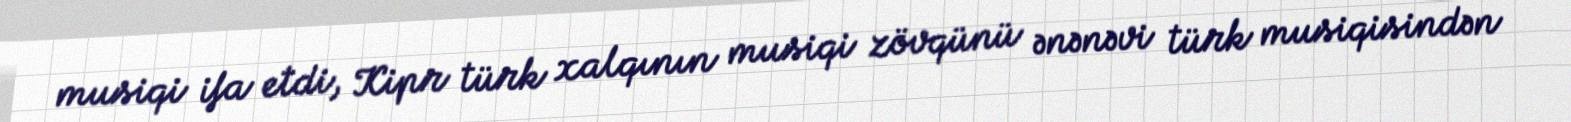
musiqi ifa etdi, Kipr türk xalqının musiqi zövqünü ənənəvi türk musiqisindən